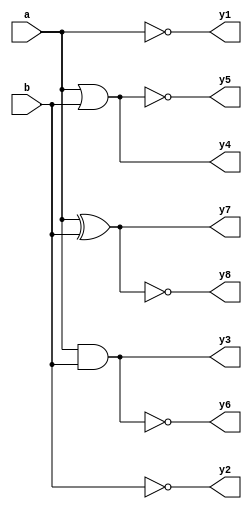
`timescale 1ns / 1ps
//////////////////////////////////////////////////////////////////////////////////
// Company: 
// Engineer: 
// 
// Design Name: 
// Module Name: logicgates
// Project Name: 
// Target Devices: 
// Tool Versions: 
// Description: 
// 
// Dependencies: 
// 
// Revision:
// Revision 0.01 - File Created
// Additional Comments:
// 
//////////////////////////////////////////////////////////////////////////////////


module logicgates(y1,y2,y3,y4,y5,y6,y7,y8,a,b);
input a,b;
output y1,y2,y3,y4,y5,y6,y7,y8;

//not gate
assign y1=~a;
assign y2=~b;

//and gate
assign y3=a&b;

//or gate
assign y4=a|b;

//nor gate
assign y5=~(a|b);

//nand gate
assign y6=~(a&b);

//xor gate
assign y7=a^b;

//xnor gate
assign y8=~(a^b);

endmodule